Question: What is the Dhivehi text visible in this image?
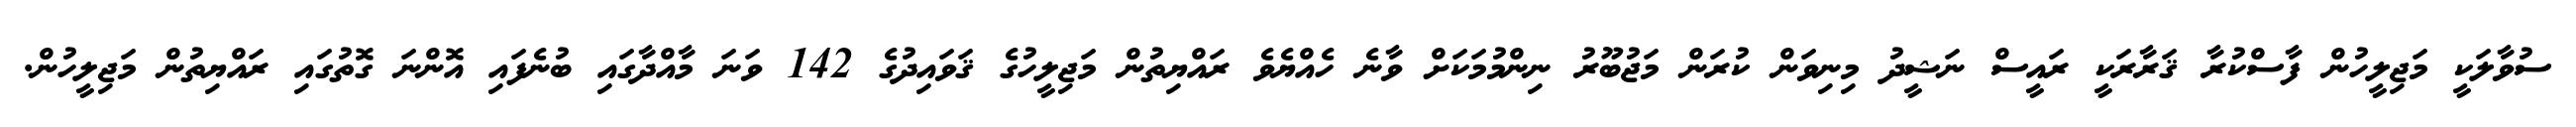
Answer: ސުވާލަކީ މަޖިލީހުން ފާސްކުރާ ޤަރާރަކީ ރައީސް ނަޝީދު މިނިވަން ކުރަން މަޖުބޫރު ނިންމުމަކަށް ވާނެ ހެއްޔެވެ ރައްޔިތުން މަޖިލީހުގެ ޤަވައިދުގެ 142 ވަނަ މާއްދާގައި ބުނެފައި އޮންނަ ގޮތުގައި ރައްޔިތުން މަޖިލީހުން.